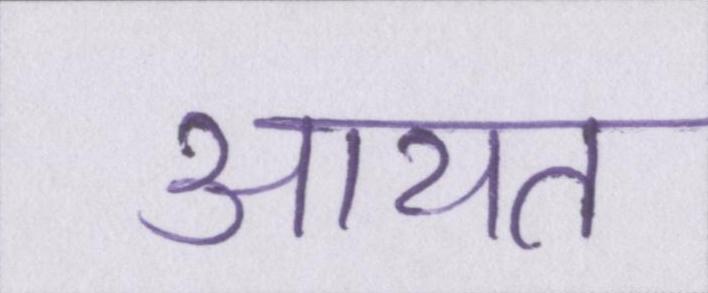
आयत